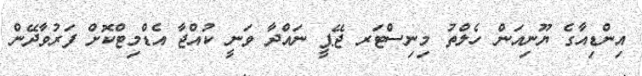
އިންޑިއާގެ ޔޫނިއަން ހެލްތު މިނިސްޓަރ ޖޭޕީ ނައްދާ ވަނީ ކުއްޖާ އެޑްމިޓްކޮށް ފަރުވާދޭން